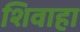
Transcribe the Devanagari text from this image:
शिवाहा